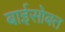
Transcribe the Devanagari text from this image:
बाईसोबत